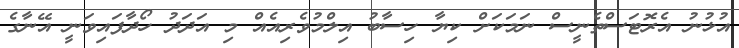
އުޅުނު އެރޮޓަސްތެނީސް ނަމަކަށް ކިޔާ ހިސާބު އިލްމުވެރިއެއް މި އަދަދު ހޯދާފައިވަނީ އޭނާގެ